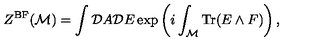
Z ^ { \mathrm { B F } } ( { \cal M } ) = \int { \cal D } A { \cal D } E \exp \left( i \int _ { \cal M } \mathrm { T r } ( E \wedge F ) \right) ,